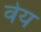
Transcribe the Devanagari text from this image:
वेय